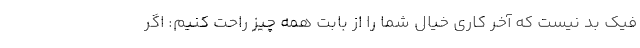
فیک بد نیست که آخر کاری خیال شما را از بابت همه چیز راحت کنیم: اگر